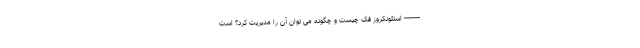
-------- استئونکروز فک چیست و چگونه می توان آن را مدیریت کرد؟ است